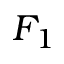
F _ { 1 }